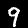
Label: 9